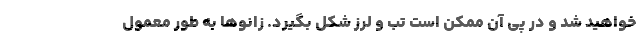
خواهید شد و در پی آن ممکن است تب و لرز شکل بگیرد. زانوها به طور معمول